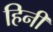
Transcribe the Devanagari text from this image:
हिनी